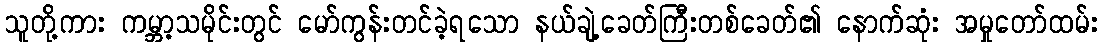
သူတို့ကား ကမ္ဘာ့သမိုင်းတွင် မော်ကွန်းတင်ခဲ့ရသော နယ်ချဲ့ခေတ်ကြီးတစ်ခေတ်၏ နောက်ဆုံး အမှုတော်ထမ်း